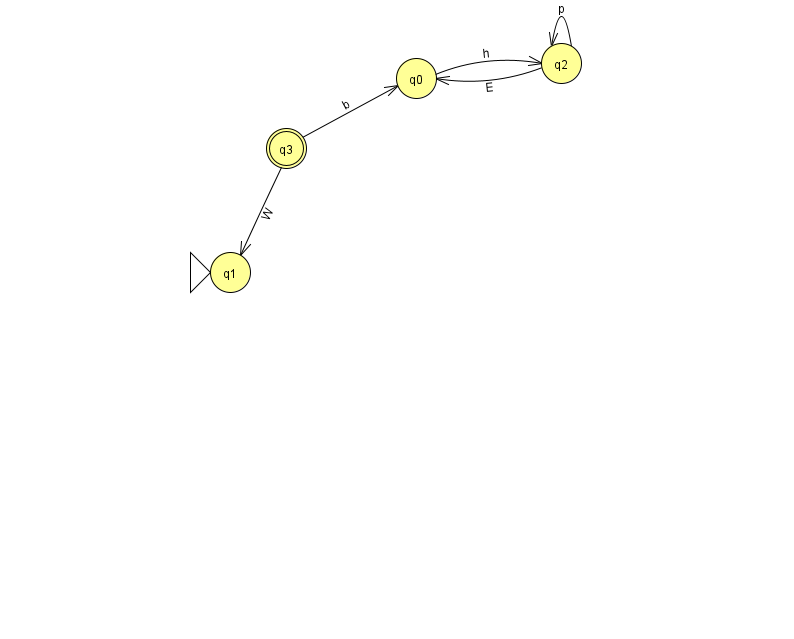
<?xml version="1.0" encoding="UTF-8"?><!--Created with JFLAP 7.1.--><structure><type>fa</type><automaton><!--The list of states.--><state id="0" name="q0"><x>416.0</x><y>65.0</y></state><state id="1" name="q1"><x>230.0</x><y>259.0</y><initial/></state><state id="2" name="q2"><x>561.0</x><y>50.0</y></state><state id="3" name="q3"><x>286.0</x><y>135.0</y><final/></state><!--The list of transitions.--><transition><from>2</from><to>2</to><read>p</read></transition><transition><from>3</from><to>0</to><read>b</read></transition><transition><from>0</from><to>2</to><read>h</read></transition><transition><from>3</from><to>1</to><read>W</read></transition><transition><from>2</from><to>0</to><read>E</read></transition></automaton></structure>